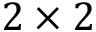
2 \times 2